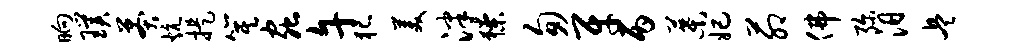
晌璞莽炕提箕虫午犯美泮獠匆牙丙叶妃茆佛弥汨兵